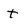
Character: t